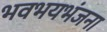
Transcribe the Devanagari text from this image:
भवभयभंजना